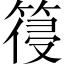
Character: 䈜